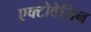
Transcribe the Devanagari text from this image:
एक्टोवेजिन